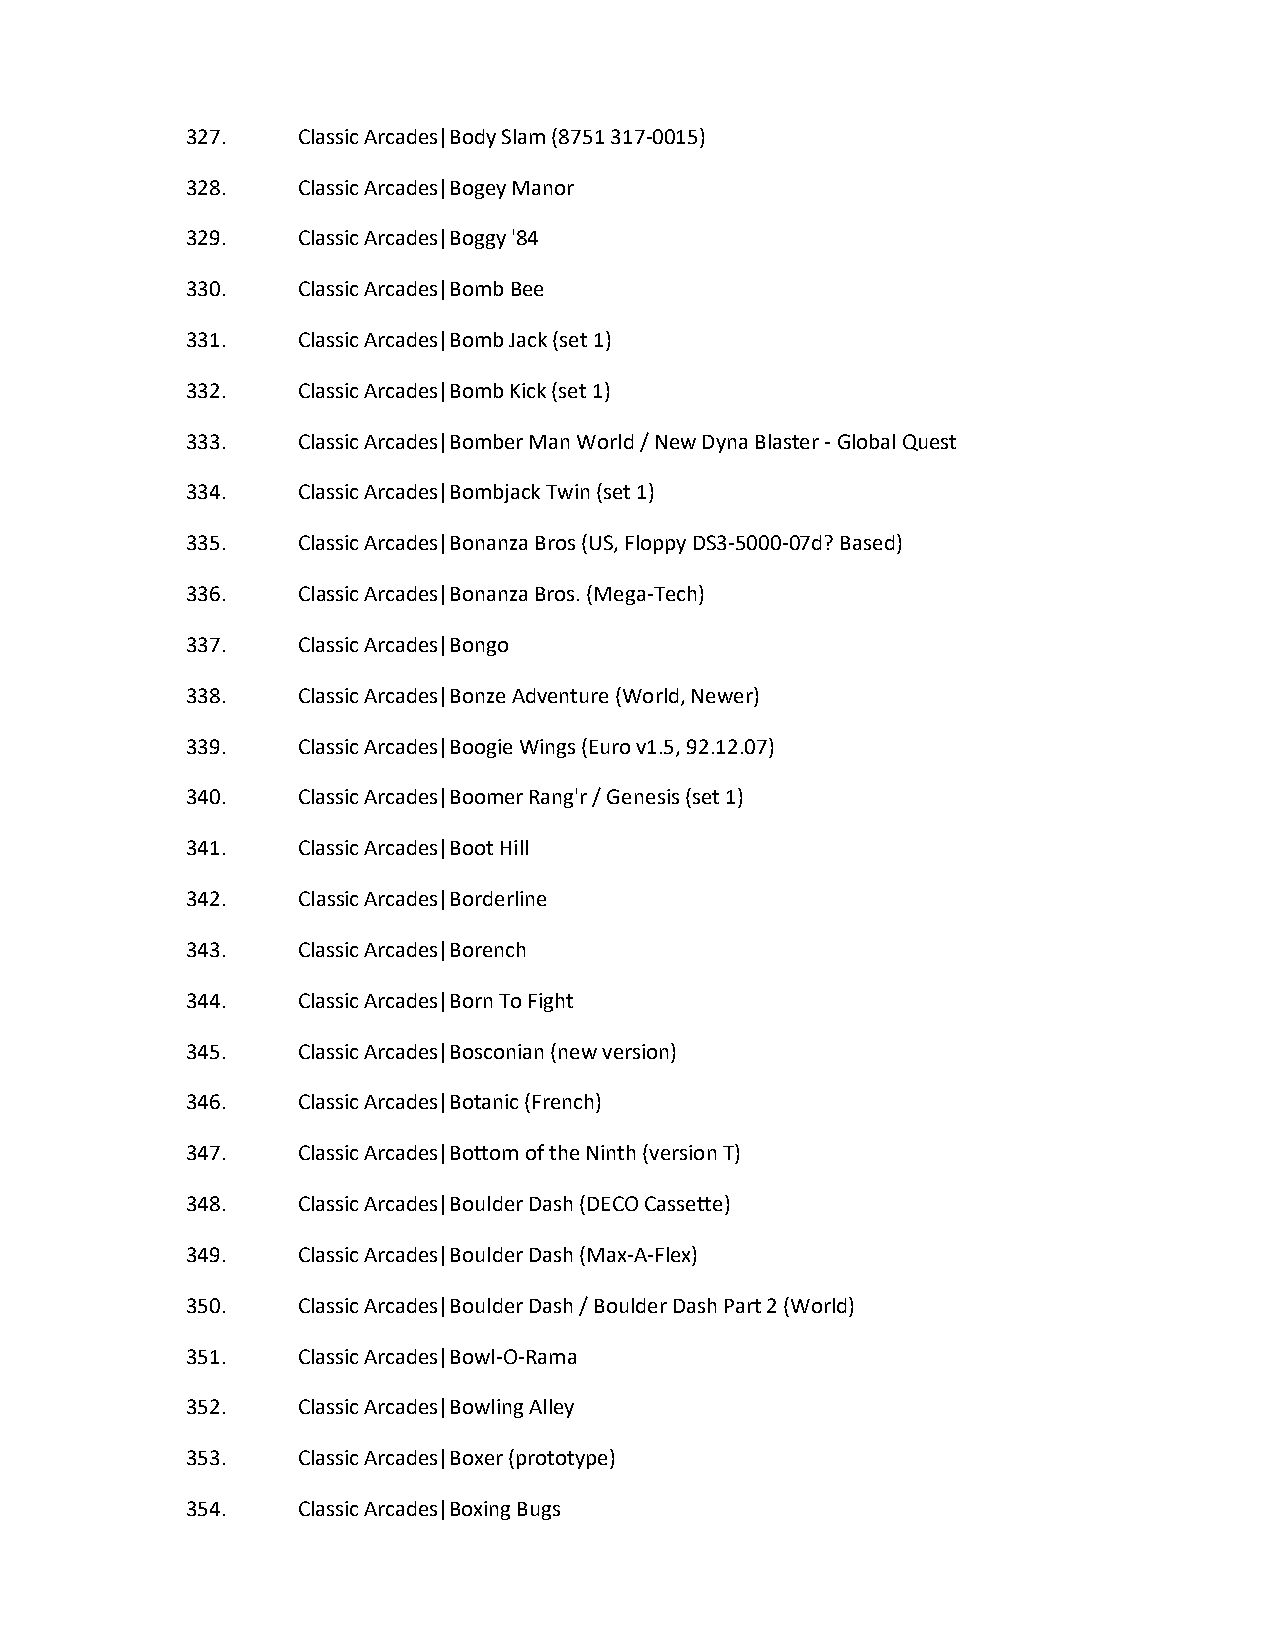
327.    Classic Arcades|Body Slam (8751 317-0015)
 328.    Classic Arcades|Bogey Manor
 329.    Classic Arcades|Boggy '84
 330.    Classic Arcades|Bomb Bee
 331.    Classic Arcades|Bomb Jack (set 1)
 332.    Classic Arcades|Bomb Kick (set 1)
 333.    Classic Arcades|Bomber Man World / New Dyna Blaster - Global Quest
 334.    Classic Arcades|Bombjack Twin (set 1)
 335.    Classic Arcades|Bonanza Bros (US, Floppy DS3-5000-07d? Based)
 336.    Classic Arcades|Bonanza Bros. (Mega-Tech)
 337.    Classic Arcades|Bongo
 338.    Classic Arcades|Bonze Adventure (World, Newer)
 339.    Classic Arcades|Boogie Wings (Euro v1.5, 92.12.07)
 340.    Classic Arcades|Boomer Rang'r / Genesis (set 1)
 341.    Classic Arcades|Boot Hill
 342.    Classic Arcades|Borderline
 343.    Classic Arcades|Borench
 344.    Classic Arcades|Born To Fight
 345.    Classic Arcades|Bosconian (new version)
 346.    Classic Arcades|Botanic (French)
 347.    Classic Arcades|Bottom of the Ninth (version T)
 348.    Classic Arcades|Boulder Dash (DECO Cassette)
 349.    Classic Arcades|Boulder Dash (Max-A-Flex)
 350.    Classic Arcades|Boulder Dash / Boulder Dash Part 2 (World)
 351.    Classic Arcades|Bowl-O-Rama
 352.    Classic Arcades|Bowling Alley
 353.    Classic Arcades|Boxer (prototype)
 354.    Classic Arcades|Boxing Bugs